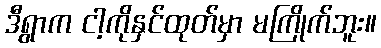
ဒီရွာက ငါ့ကိုနှင်ထုတ်မှာ မကြိုက်ဘူး။